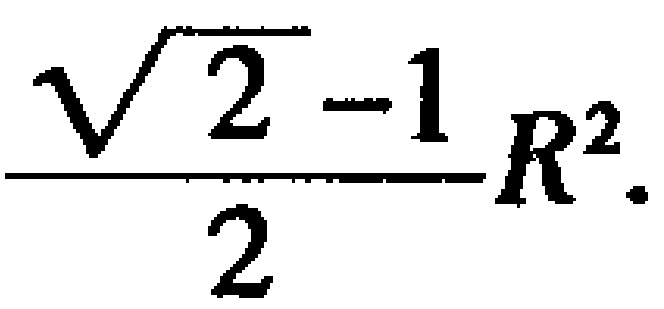
\frac{\sqrt{2}-1}{2}R^{2}